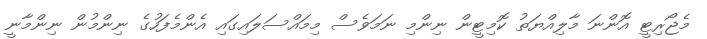
މެޖޯރިޓީ އޮންނަ މާލިއްޔަތު ކޮމިޓީން ނިންމި ނަމަވެސް މިމައްސަލައިގައި އެންމެފަހުގެ ނިންމުން ނިންމާނީ